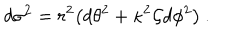
d \sigma ^ { 2 } = r ^ { 2 } { \bigl ( } d \theta ^ { 2 } + \kappa ^ { 2 } { \cal { G } } d \phi ^ { 2 } { \bigr ) } \: .